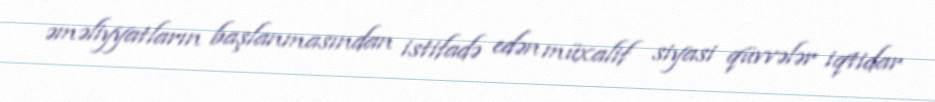
əməliyyatların başlanmasından istifadə edən müxalif siyasi qüvvələr iqtidar